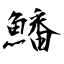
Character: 鱕